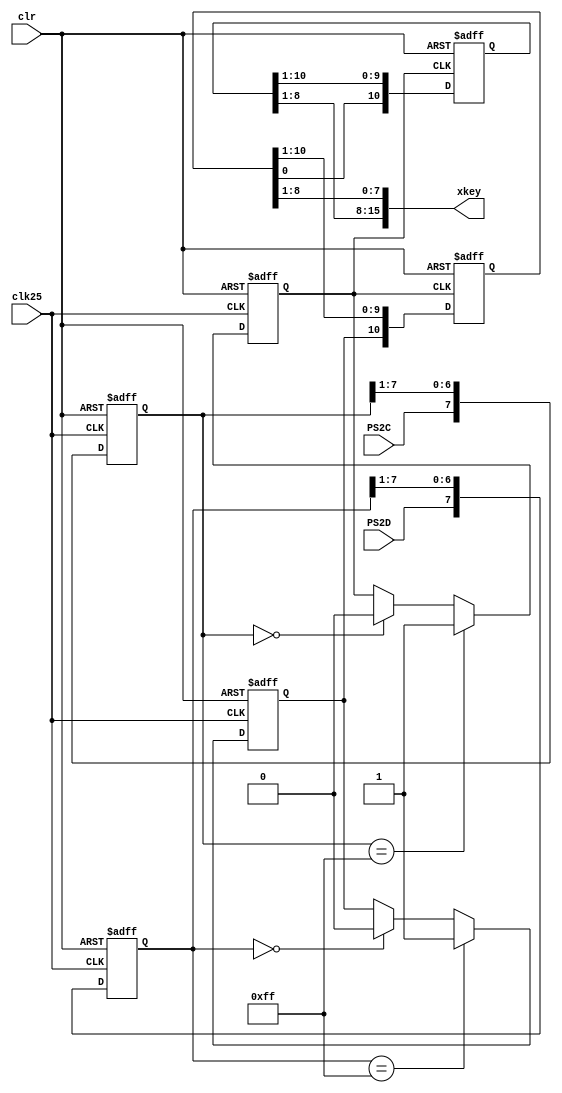
`timescale 1ns / 1ps
//////////////////////////////////////////////////////////////////////////////////
// Company: 
// Engineer: 
// 
// Design Name: 
// Module Name: keyboard
// Project Name: 
// Target Devices: 
// Tool Versions: 
// Description: 
// 
// Dependencies: 
// 
// Revision:
// Revision 0.01 - File Created
// Additional Comments:
// 
//////////////////////////////////////////////////////////////////////////////////


module keyboard(
input wire clk25 ,
input wire clr ,
input wire PS2C ,
input wire PS2D ,
output wire [15:0] xkey
    );
reg PS2Cf, PS2Df;
reg [7:0] ps2c_filter,ps2d_filter;
reg [10:0] shift1, shift2;
assign xkey = {shift2[8:1], shift1[8:1]};

//filter for PS2 clock and data
always @(posedge clk25 or posedge clr)
  begin
    if(clr)
      begin
           ps2c_filter <= 0;
           ps2d_filter <= 0;
           PS2Cf <= 1;
           PS2Df <= 1;
      end
    else
      begin
           ps2c_filter[7] <= PS2C;
           ps2c_filter[6:0] <= ps2c_filter[7:1];
           ps2d_filter[7] <= PS2D;
           ps2d_filter[6:0] <= ps2d_filter[7:1];
           if(ps2c_filter == 8'b11111111)
              PS2Cf <= 1;
           else
               if(ps2c_filter == 8'b00000000)
                     PS2Cf <= 0;
           if(ps2d_filter == 8'b11111111)
                     PS2Df <= 1;
           else
               if(ps2d_filter == 8'b00000000)
                     PS2Df <= 0;
      end
  end

//Shift register used to clock in scan codes from PS2
always @(negedge PS2Cf or posedge clr)
  begin
    if(clr)
      begin
           shift1 <= 0;
           shift2 <= 0;
      end
    else
      begin
           shift1 <= {PS2Df,shift1[10:1]};
           shift2 <= {shift1[0],shift2[10:1]};
      end
  end
endmodule